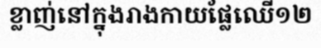
ខ្លាញ់នៅក្នុងរាងកាយផ្លែឈើ១២